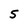
Character: 5